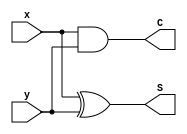
/*
 * Exercise: 1
 * Description: half adder
 * Script:
iverilog -o halfadder halfadder.v halfadder-tb.v
vvp halfadder
gtkwave halfadder.vpd
 */
module halfadder (S, C, x, y);
	input x, y;
	output S, C;
	
	xor X1(S, x, y);
	and A1(C, x, y);
endmodule